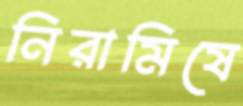
নিরামিষে